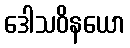
ဒေါသဝိနယော